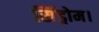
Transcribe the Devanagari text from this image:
सिंड्रोम।